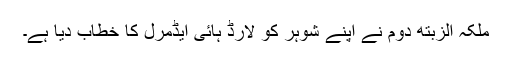
ملکہ الزبتھ دوم نے اپنے شوہر کو لارڈ ہائی ایڈمرل کا خطاب دیا ہے۔